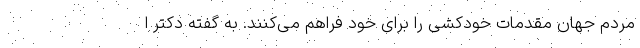
مردم جهان مقدمات خودکشی را برای خود فراهم می‌کنند. به گفته دکتر ا